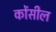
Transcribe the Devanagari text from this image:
कोंसील